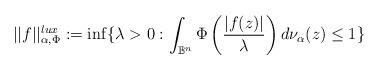
LaTeX: \begin{align*}||f||^{lux}_{\alpha,\Phi}:=\inf\{\lambda>0: \int_{\mathbb B^n}\Phi\left(\frac{|f(z)|}{\lambda}\right)d\nu_{\alpha}(z)\le 1\}\end{align*}